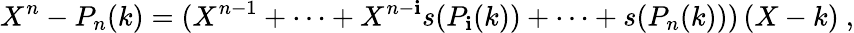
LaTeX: X^{n}-P_{n}(k)=(X^{n-1}+\dots+X^{n-\mathbf{i}}s(P_{\mathbf{i}}(k))+\dots+s(P_{n}(k)))\, (X-k)\ ,